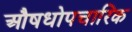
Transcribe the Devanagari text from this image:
औषधोपचारिक